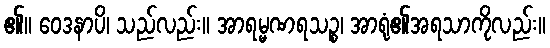
၏။ ဝေဒနာပိ၊ သည်လည်း။ အာရမ္မဏရသဉ္စ၊ အာရုံ၏အရသာကိုလည်း။